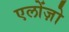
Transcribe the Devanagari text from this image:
एलोंज़ो